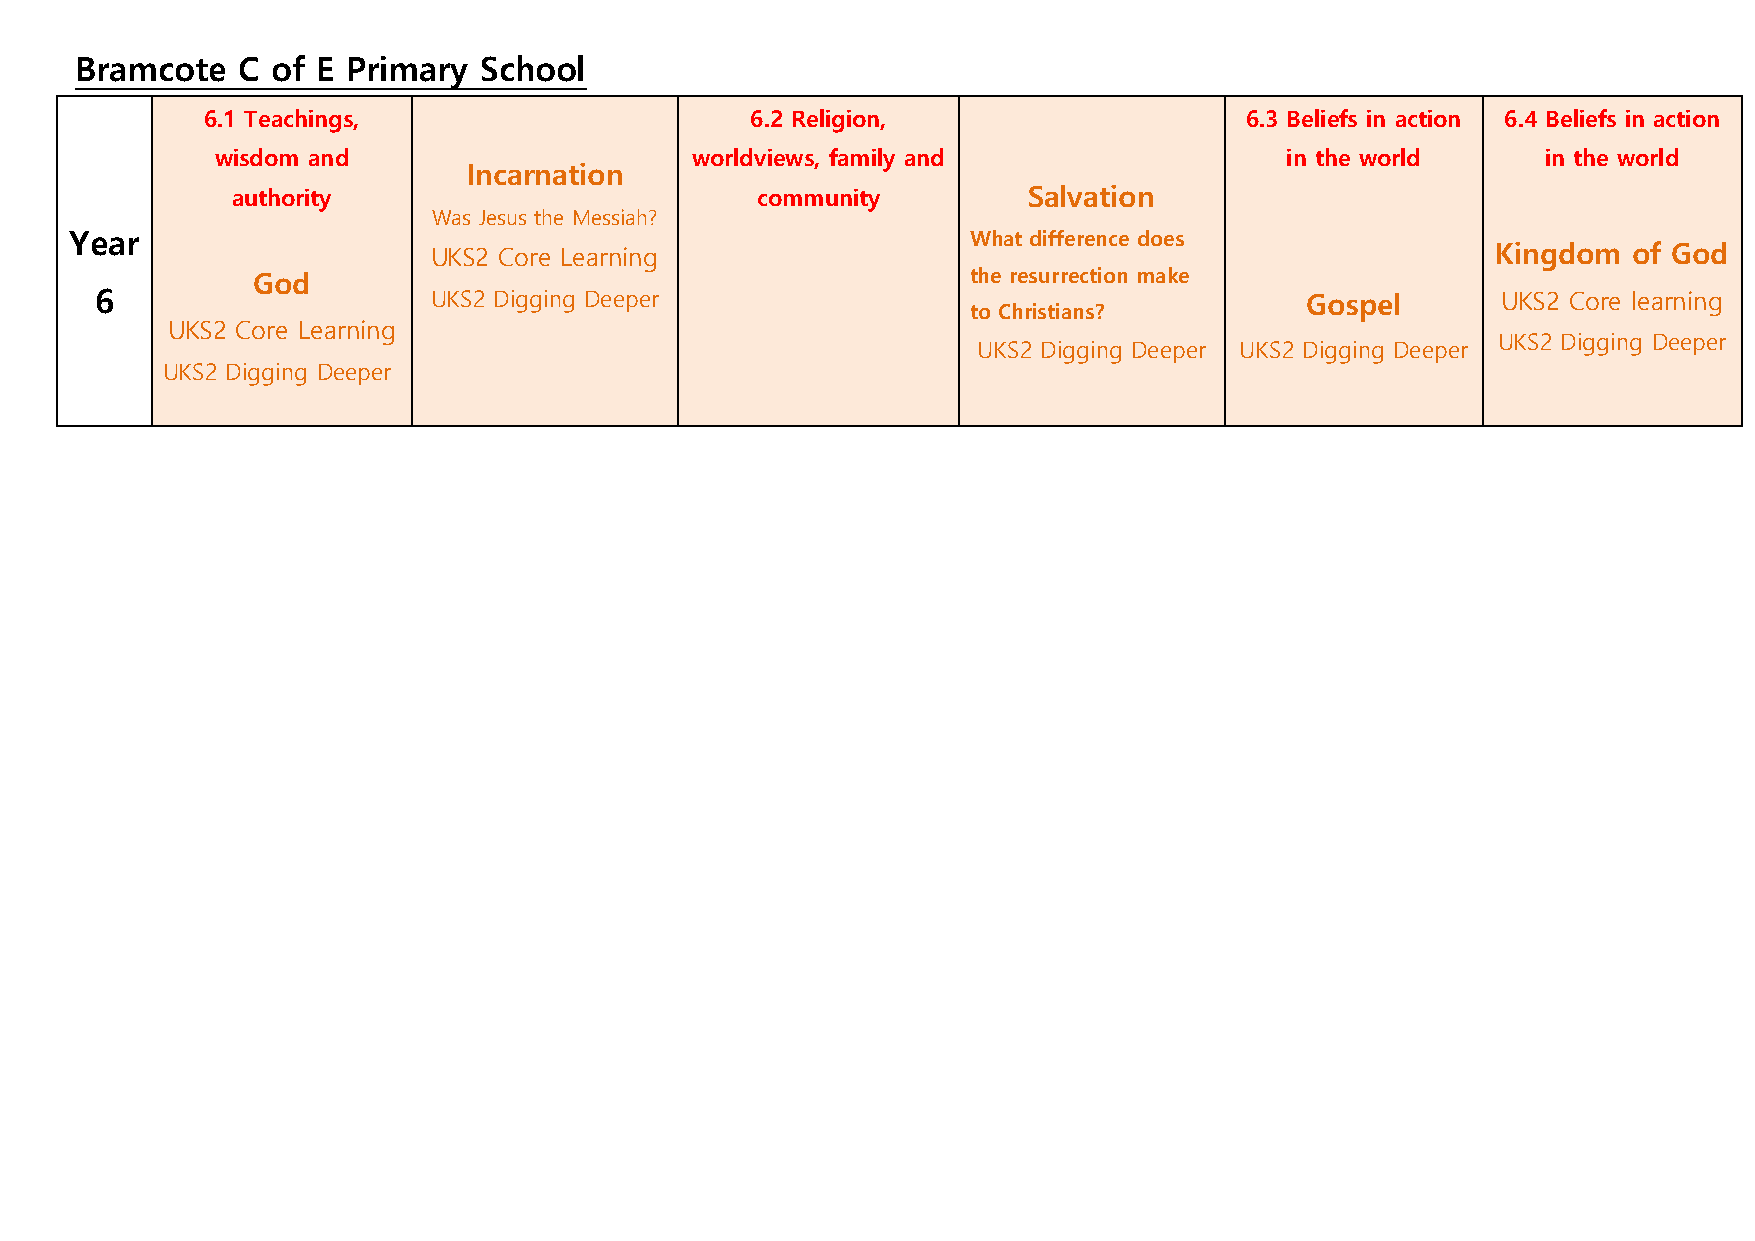
Bramcote   C of E Primary  School
 6.1 Teachings,                       6.2 Religion,                   6.3 Beliefs in action 6.4 Beliefs in action
 wisdom and                      worldviews, family and                 in the world     in the world
 Incarnation
 authority                          community         Salvation
 Was Jesus the Messiah?
 Year                                                       What difference does
 UKS2 Core Learning                                                     Kingdom  of God
 God                                            the resurrection make
 6                     UKS2 Digging Deeper                                       Gospel       UKS2 Core learning
 to Christians?
 UKS2 Core Learning
 UKS2 Digging Deeper UKS2 Digging Deeper
 UKS2 Digging Deeper
 UKS2 Digging Deeper